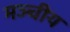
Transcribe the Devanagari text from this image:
मञ्चीय